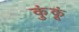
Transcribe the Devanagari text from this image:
कुंकूं